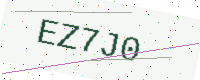
Text: EZ7J0